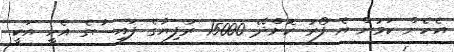
އެހެން ކަމުން އެ ފޯރު ކޮށްދޭ 15000 ރުފިޔާގެ ފައިސާގެ އެހީ އަކީ